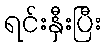
ရင်းနှီးပြီး